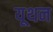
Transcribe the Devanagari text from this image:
यूथन